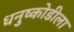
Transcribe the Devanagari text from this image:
धनुष्कोडीला